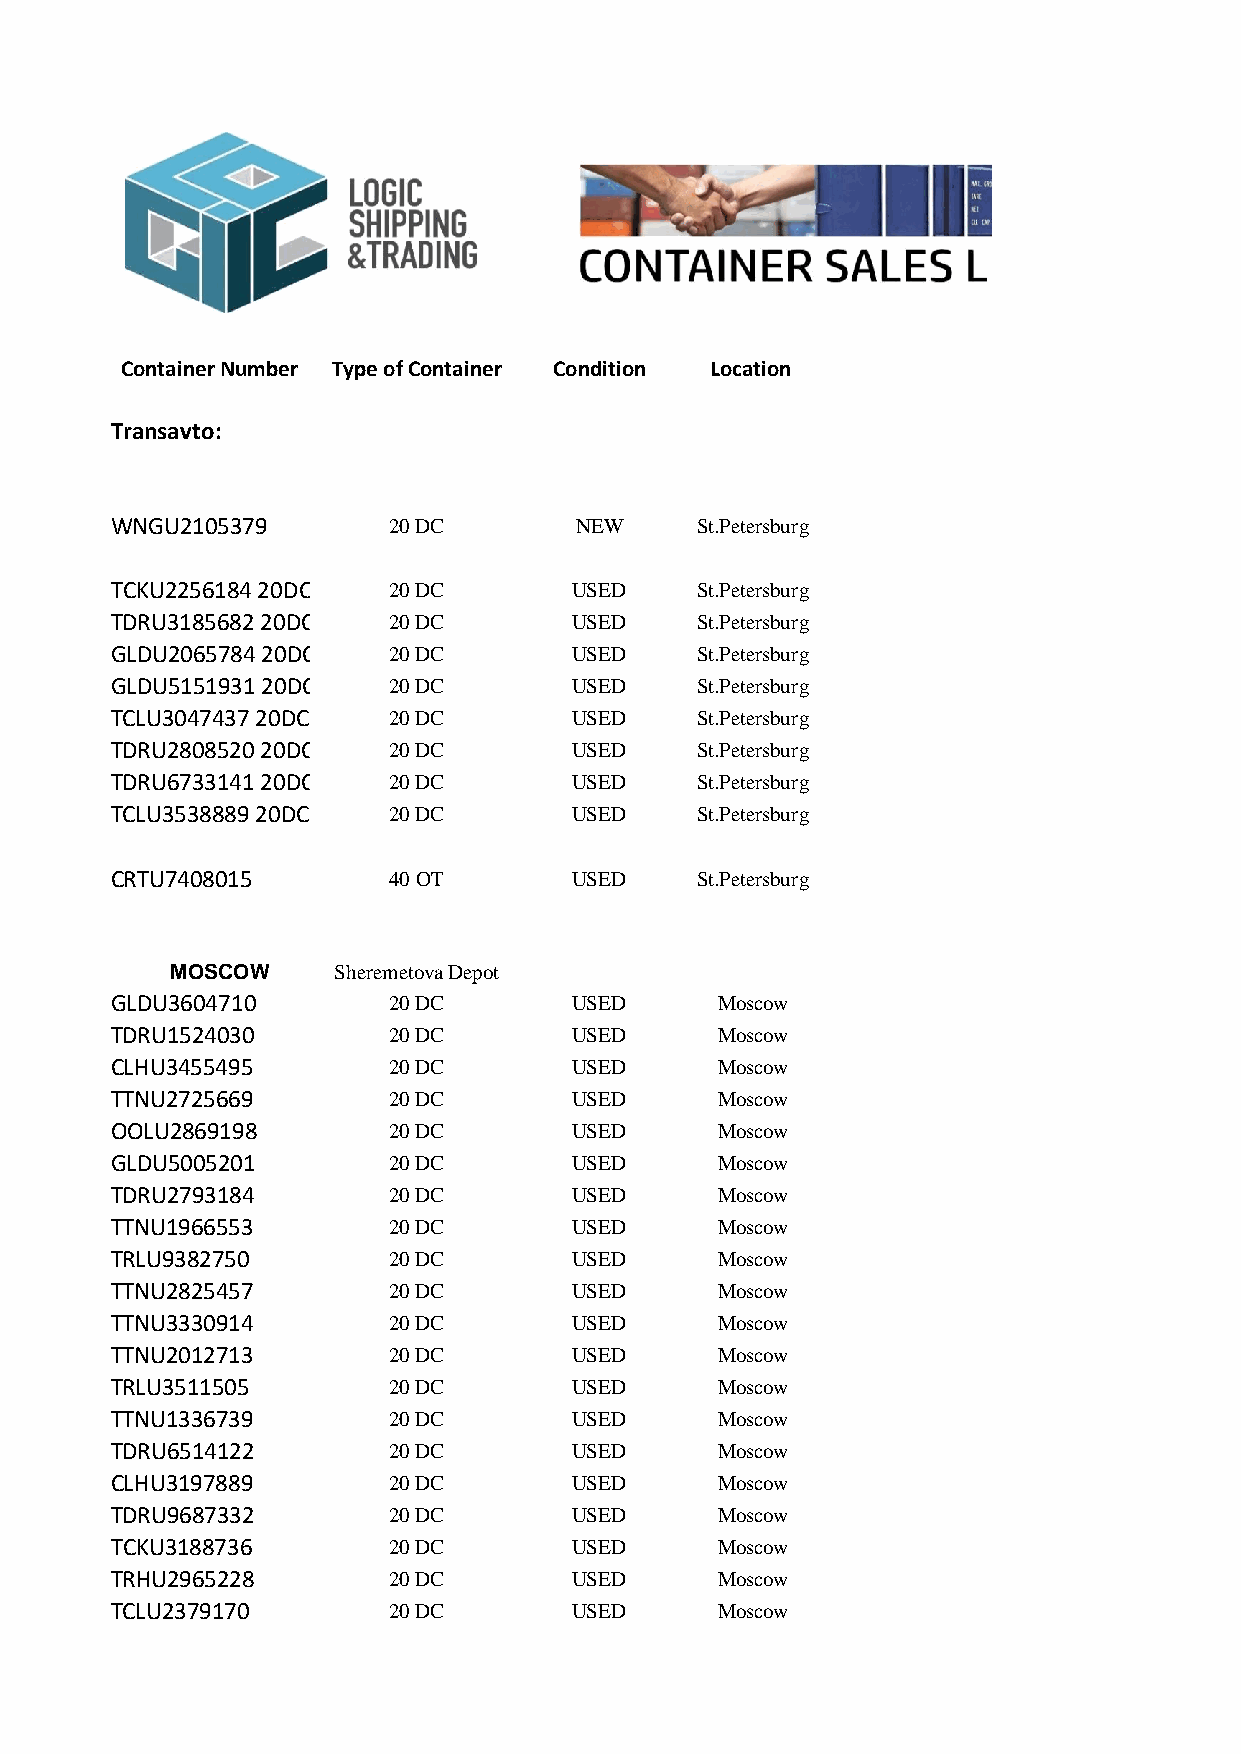
Container Number Type of Container Condition Location
 Transavto:
 WNGU2105379        20 DC       NEW     St.Petersburg
 TCKU2256184 20DC   20 DC       USED    St.Petersburg
 TDRU3185682 20DC   20 DC       USED    St.Petersburg
 GLDU2065784 20DC   20 DC       USED    St.Petersburg
 GLDU5151931 20DC   20 DC       USED    St.Petersburg
 TCLU3047437 20DC   20 DC       USED    St.Petersburg
 TDRU2808520 20DC   20 DC       USED    St.Petersburg
 TDRU6733141 20DC   20 DC       USED    St.Petersburg
 TCLU3538889 20DC   20 DC       USED    St.Petersburg
 CRTU7408015        40 OT       USED    St.Petersburg
 MOSCOW     Sheremetova Depot
 GLDU3604710        20 DC       USED     Moscow
 TDRU1524030        20 DC       USED     Moscow
 CLHU3455495        20 DC       USED     Moscow
 TTNU2725669        20 DC       USED     Moscow
 OOLU2869198        20 DC       USED     Moscow
 GLDU5005201        20 DC       USED     Moscow
 TDRU2793184        20 DC       USED     Moscow
 TTNU1966553        20 DC       USED     Moscow
 TRLU9382750        20 DC       USED     Moscow
 TTNU2825457        20 DC       USED     Moscow
 TTNU3330914        20 DC       USED     Moscow
 TTNU2012713        20 DC       USED     Moscow
 TRLU3511505        20 DC       USED     Moscow
 TTNU1336739        20 DC       USED     Moscow
 TDRU6514122        20 DC       USED     Moscow
 CLHU3197889        20 DC       USED     Moscow
 TDRU9687332        20 DC       USED     Moscow
 TCKU3188736        20 DC       USED     Moscow
 TRHU2965228        20 DC       USED     Moscow
 TCLU2379170        20 DC       USED     Moscow